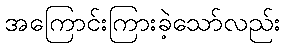
အကြောင်းကြားခဲ့သော်လည်း